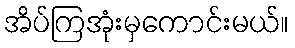
အိပ်ကြအုံးမှကောင်းမယ်။